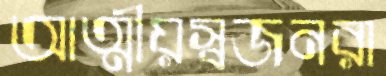
আত্মীয়স্বজনরা